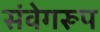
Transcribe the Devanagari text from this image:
संवेगरूप